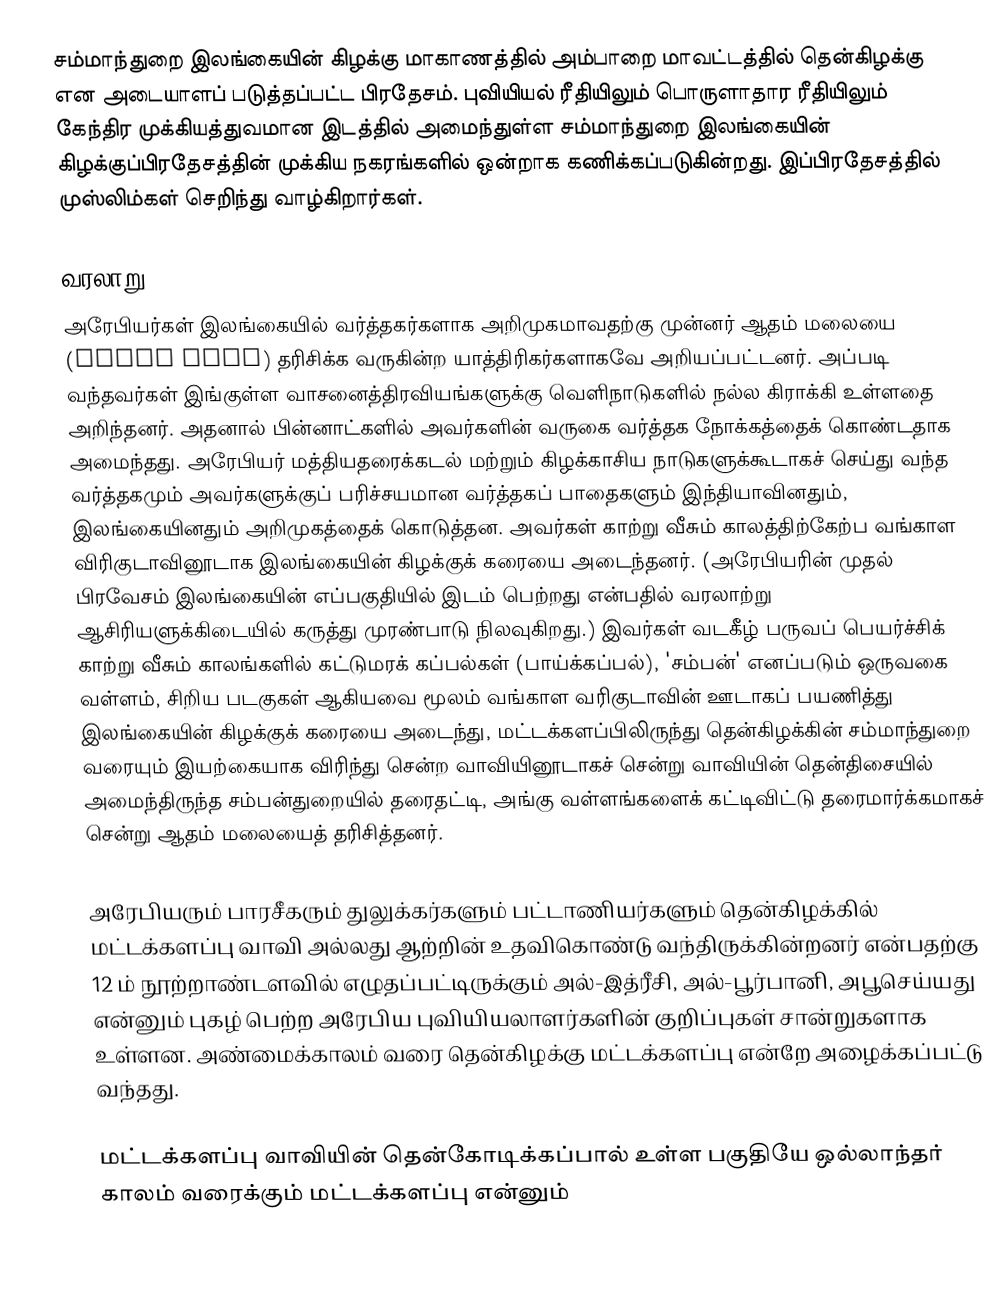
சம்மாந்துறை இலங்கையின் கிழக்கு மாகாணத்தில் அம்பாறை மாவட்டத்தில் தென்கிழக்கு என அடையாளப் படுத்தப்பட்ட பிரதேசம். புவியியல் ரீதியிலும் பொருளாதார ரீதியிலும் கேந்திர முக்கியத்துவமான இடத்தில் அமைந்துள்ள சம்மாந்துறை இலங்கையின் கிழக்குப்பிரதேசத்தின் முக்கிய நகரங்களில் ஒன்றாக கணிக்கப்படுகின்றது. இப்பிரதேசத்தில் முஸ்லிம்கள் செறிந்து வாழ்கிறார்கள்.

வரலாறு
அரேபியர்கள் இலங்கையில் வர்த்தகர்களாக அறிமுகமாவதற்கு முன்னர் ஆதம் மலையை (Adams Peak) தரிசிக்க வருகின்ற யாத்திரிகர்களாகவே அறியப்பட்டனர். அப்படி வந்தவர்கள் இங்குள்ள வாசனைத்திரவியங்களுக்கு வெளிநாடுகளில் நல்ல கிராக்கி உள்ளதை அறிந்தனர். அதனால் பின்னாட்களில் அவர்களின் வருகை வர்த்தக நோக்கத்தைக் கொண்டதாக அமைந்தது. அரேபியர் மத்தியதரைக்கடல் மற்றும் கிழக்காசிய நாடுகளுக்கூடாகச் செய்து வந்த வர்த்தகமும் அவர்களுக்குப் பரிச்சயமான வர்த்தகப் பாதைகளும் இந்தியாவினதும், இலங்கையினதும் அறிமுகத்தைக் கொடுத்தன. அவர்கள் காற்று வீசும் காலத்திற்கேற்ப வங்காள விரிகுடாவினூடாக இலங்கையின் கிழக்குக் கரையை அடைந்தனர். (அரேபியரின் முதல் பிரவேசம் இலங்கையின் எப்பகுதியில் இடம் பெற்றது என்பதில் வரலாற்று ஆசிரியளுக்கிடையில் கருத்து முரண்பாடு நிலவுகிறது.) இவர்கள் வடகீழ் பருவப் பெயர்ச்சிக் காற்று வீசும் காலங்களில் கட்டுமரக் கப்பல்கள் (பாய்க்கப்பல்), 'சம்பன்' எனப்படும் ஒருவகை வள்ளம், சிறிய படகுகள் ஆகியவை மூலம் வங்காள வரிகுடாவின் ஊடாகப் பயணித்து இலங்கையின் கிழக்குக் கரையை அடைந்து, மட்டக்களப்பிலிருந்து தென்கிழக்கின் சம்மாந்துறை வரையும் இயற்கையாக விரிந்து சென்ற வாவியினூடாகச் சென்று வாவியின் தென்திசையில் அமைந்திருந்த சம்பன்துறையில் தரைதட்டி, அங்கு வள்ளங்களைக் கட்டிவிட்டு தரைமார்க்கமாகச் சென்று ஆதம் மலையைத் தரிசித்தனர்.

அரேபியரும் பாரசீகரும் துலுக்கர்களும் பட்டாணியர்களும் தென்கிழக்கில் மட்டக்களப்பு வாவி அல்லது ஆற்றின் உதவிகொண்டு வந்திருக்கின்றனர் என்பதற்கு 12 ம் நூற்றாண்டளவில் எழுதப்பட்டிருக்கும் அல்-இத்ரீசி, அல்-பூர்பானி, அபூசெய்யது என்னும் புகழ் பெற்ற அரேபிய புவியியலாளர்களின் குறிப்புகள் சான்றுகளாக உள்ளன. அண்மைக்காலம் வரை தென்கிழக்கு மட்டக்களப்பு என்றே அழைக்கப்பட்டு வந்தது.

மட்டக்களப்பு வாவியின் தென்கோடிக்கப்பால் உள்ள பகுதியே ஒல்லாந்தர் காலம் வரைக்கும் மட்டக்களப்பு என்னும்